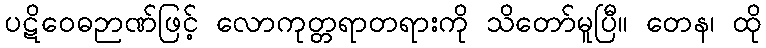
ပဋိဝေဓဉာဏ်ဖြင့် လောကုတ္တရာတရားကို သိတော်မူပြီ။ တေန၊ ထို